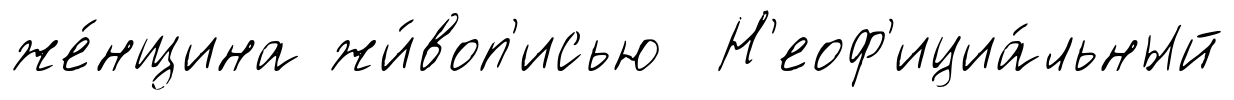
же́нщина жи́воп'исью Н'еоф'ициа́льный